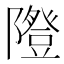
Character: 𨽆